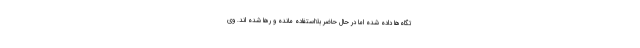
تگاه‌ها داده شده اما در حال حاضر بلااستفاده مانده و رها شده اند. وی